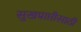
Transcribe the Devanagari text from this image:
सुखप्राप्तीसाठी